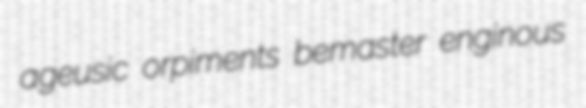
ageusic orpiments bemaster enginous